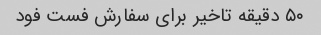
۵۰ دقیقه تاخیر برای سفارش فست فود